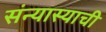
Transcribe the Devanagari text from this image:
संन्यास्याची